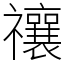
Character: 禳